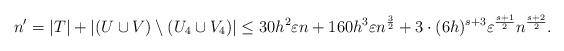
LaTeX: \begin{align*}n'=|T|+ |(U\cup V)\setminus (U_4\cup V_4)|&\leq 30h^2\varepsilon n+160 h^3\varepsilon n^{\frac{3}{2}} +3\cdot(6h)^{s+3}\varepsilon^{\frac{s+1}{2}} n^{\frac{s+2}{2}}.\end{align*}